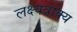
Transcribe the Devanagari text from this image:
लक्ष्यवाक्य